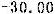
-30.00